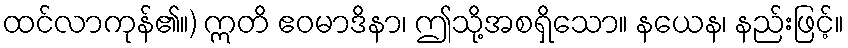
ထင်လာကုန်၏။) ဣတိ ဧဝမာဒိနာ၊ ဤသို့အစရှိသော။ နယေန၊ နည်းဖြင့်။